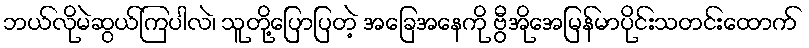
ဘယ်လိုမဲဆွယ်ကြပါလဲ၊ သူတို့ပြောပြတဲ့ အခြေအနေကို ဗွီအိုအေမြန်မာပိုင်းသတင်းထောက်